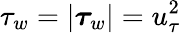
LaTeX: \tau_{w}=|\boldsymbol\tau_{w}|=u_{\tau}^{2}